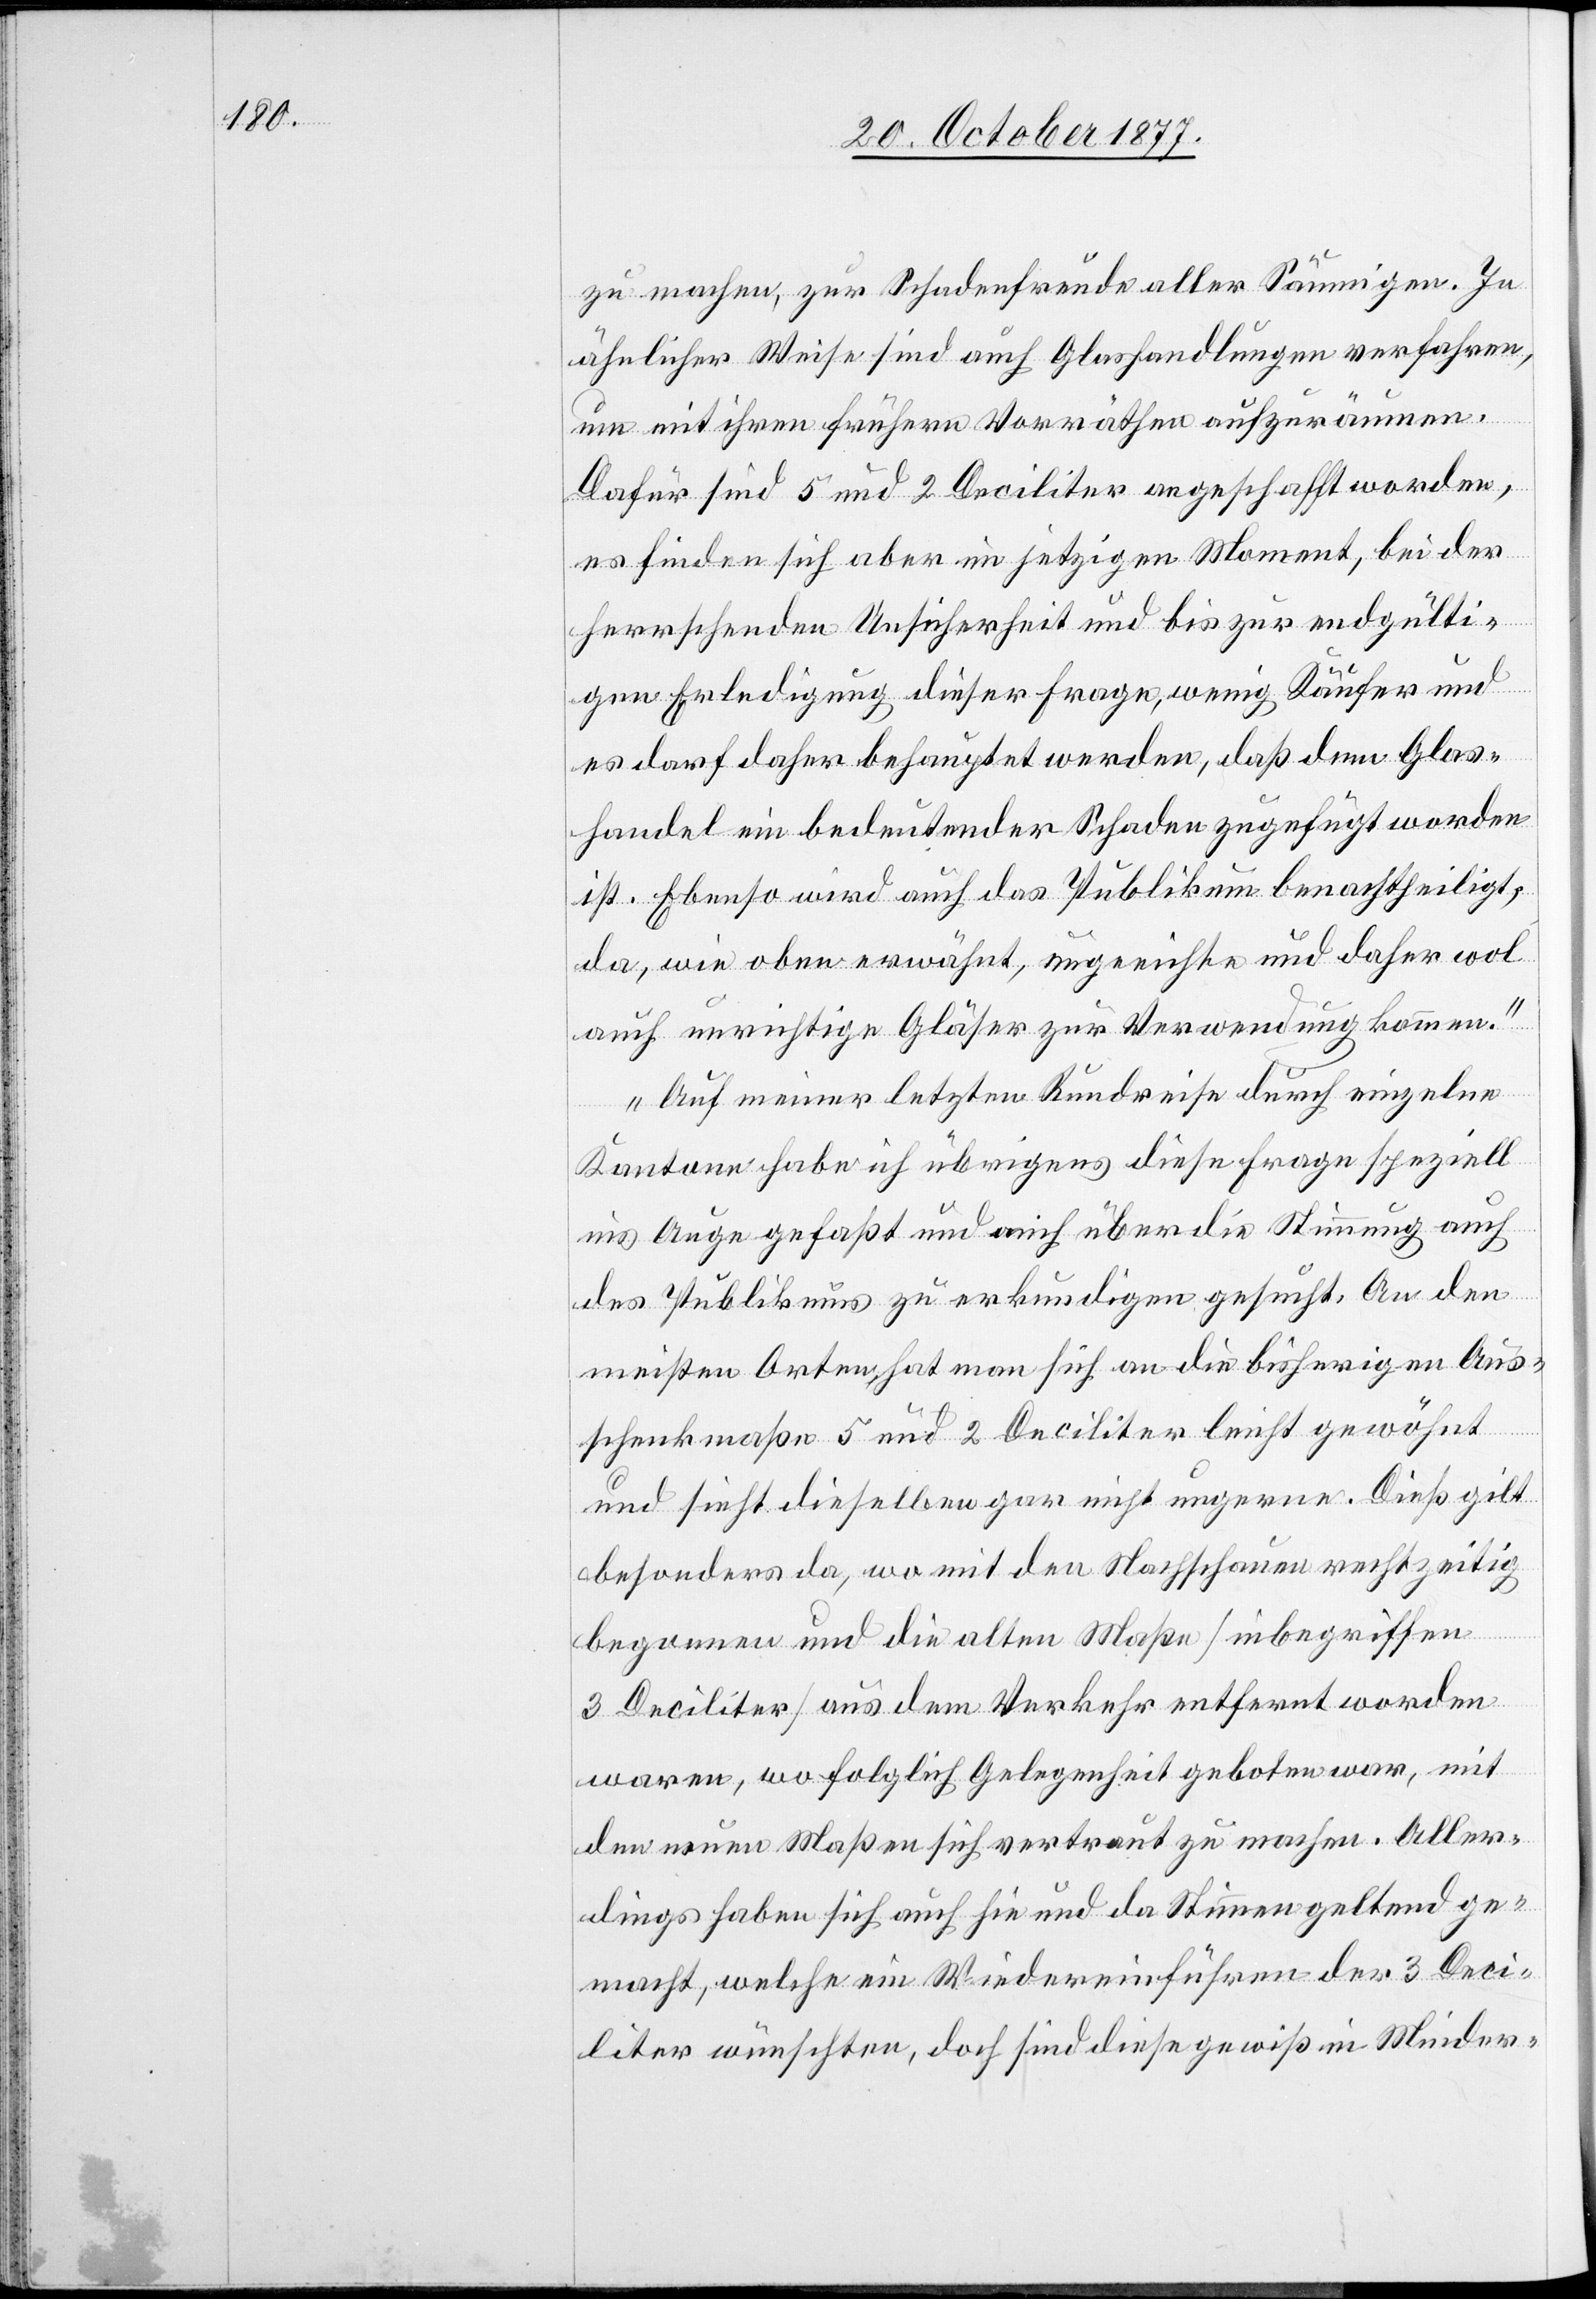
zu machen, zur Schadenfreude aller Säumigen. In
ähnlicher Weise sind auch Glashandlungen verfahren,
um mit ihren frühern Vorräthen aufzuräumen.
Dafür sind 5 und 2 Deciliter angeschafft worden,
es finden sich aber im jetzigen Moment, bei der
herrschenden Unsicherheit und bis zur endgülti¬
gen Erledigung dieser Frage, wenig Käufer und
es darf daher behauptet werden, daß dem Glas¬
handel ein bedeutender Schaden zugefügt worden
ist. Ebenso wird auch das Publikum benachtheiligt,
da, wie oben erwähnt, ungeeichte und daher wol
auch unrichtige Gläser zur Verwendung kommen.“
„Auf meiner letzten Rundreise durch einzelne
Kantone habe ich übrigens diese Frage speziell
ins Auge gefaßt und mich über die Stimmung auch
des Publikums zu erkundigen gesucht. An den
meisten Orten hat man sich an die bisherigen Aus¬
schenkmaße 5 und 2 Deciliter leicht gewöhnt
und sieht dieselben gar nicht ungerne. Dieß gilt
besonders da, wo mit den Nachschauen rechtzeitig
begonnen und die alten Maße [inbegriffen
3 Deciliter] aus dem Verkehr entfernt worden
waren, wo folglich Gelegenheit geboten war, mit
den neuen Maßen sich vertraut zu machen. Aller¬
dings haben sich auch hie und da Stimmen geltend ge¬
macht, welche ein Wiedereinführen der 3 Deci¬
liter wünschten, doch sind diese gewiß in Minder-